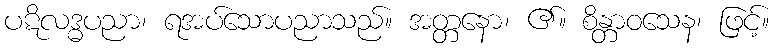
ပဋိလဒ္ဓပညာ၊ ရအပ်သောပညာသည်။ အတ္တနော၊ ၏။ စိန္တာဝသေန၊ ဖြင့်။